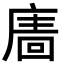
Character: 𢊂